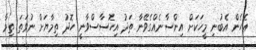
ޢެހެން އެބުނި މީހަކަށް އިންސާނެއްގެވޭނާ ތަދު އިހޮސާސްވާނީ ހޮދު ތިމާޔަށް ނުވަތަ ތިމާ